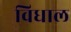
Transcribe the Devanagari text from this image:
विधाल